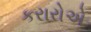
કરારોએ